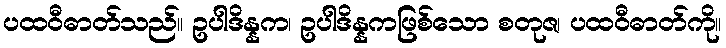
ပထဝီဓာတ်သည်။ ဥပါဒိန္နက၊ ဥပါဒိန္နကဖြစ်သော စတုဇ၊ ပထဝီဓာတ်ကို။